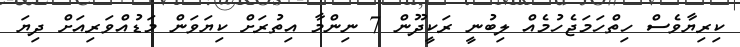
ކިރިޔާވެސް ހިތްހަމަޖެހުމެއް ލިބުނީ ރަކީދޫން 7 ނިންމާ އިތުރަށް ކިޔަވަން މަޑުއްވަރިއަށް ދިޔަ